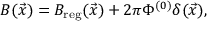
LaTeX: B ( \vec { x } ) = B _ { \mathrm { r e g } } ( \vec { x } ) + 2 \pi \Phi ^ { ( 0 ) } \delta ( \vec { x } ) ,